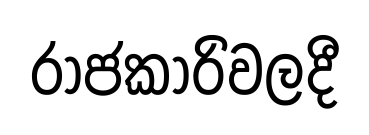
රාජකාරිවලදී